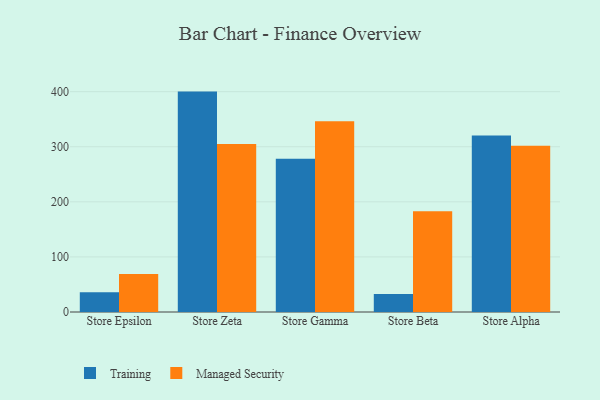
{"axis": {"x": "Store", "y": "Demand Index"}, "legend": ["Managed Security", "Training"], "data": [{"x": "Store Epsilon", "y": 36.0, "type": "Training"}, {"x": "Store Epsilon", "y": 69.0, "type": "Managed Security"}, {"x": "Store Zeta", "y": 400.1, "type": "Training"}, {"x": "Store Zeta", "y": 305.1, "type": "Managed Security"}, {"x": "Store Gamma", "y": 278.4, "type": "Training"}, {"x": "Store Gamma", "y": 346.5, "type": "Managed Security"}, {"x": "Store Beta", "y": 32.5, "type": "Training"}, {"x": "Store Beta", "y": 183.1, "type": "Managed Security"}, {"x": "Store Alpha", "y": 320.4, "type": "Training"}, {"x": "Store Alpha", "y": 301.7, "type": "Managed Security"}]}